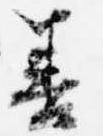
善